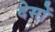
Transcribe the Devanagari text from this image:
देसों